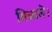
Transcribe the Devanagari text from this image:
मिळाले।